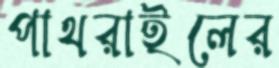
পাথরাইলের